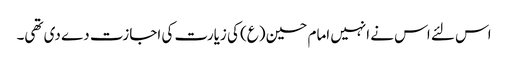
اس لئے اس نے انہیں امام حسین (ع) کی زیارت کی اجازت دے دی تھی۔